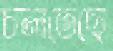
চলতেছে